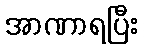
အာဏာရပြီး